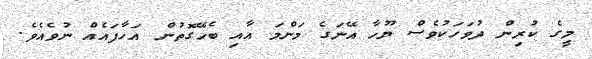
މީގެ ކުރިން ދުވަހަކުވެސް ޔޫހާ އޭނަގެ މަންމަ އާއި ބެހޭގޮތުން އަހާފައެއް ނުވެއެވެ.